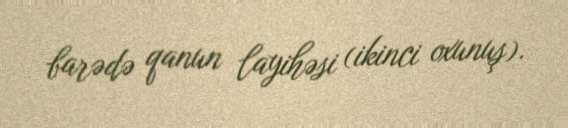
barədə qanun layihəsi (ikinci oxunuş).